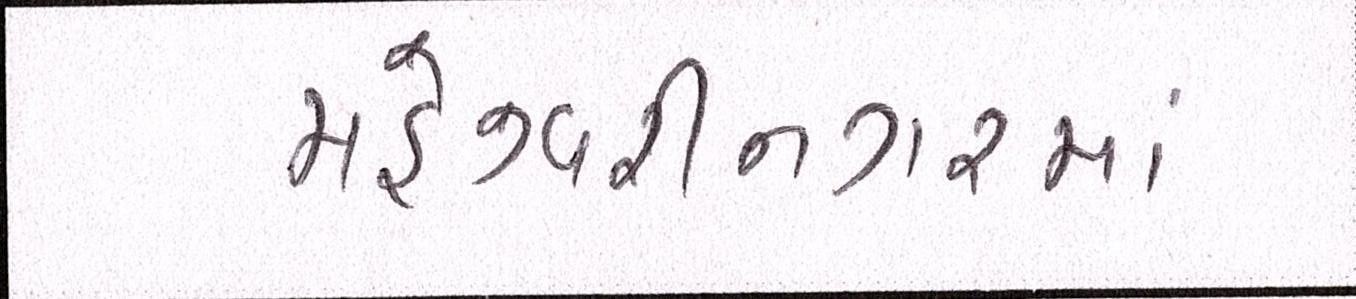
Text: મહેશ્વરીનગરમાં